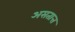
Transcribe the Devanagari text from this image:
असतात्त